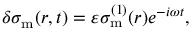
\begin{array} { r } { \delta \sigma _ { \mathrm { m } } ( r , t ) = \varepsilon \sigma _ { \mathrm { m } } ^ { ( 1 ) } ( r ) e ^ { - i \omega t } , } \end{array}